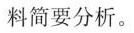
料简要分析。